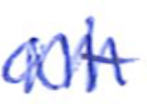
Text: at
Cross-out: mix
Writing tool: ballpoint